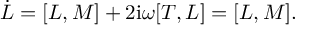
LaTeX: \dot { \cal L } = [ { \cal L } , M ] + 2 \mathrm { i } { \omega } [ T , { \cal L } ] = [ { \cal L } , M ] .